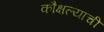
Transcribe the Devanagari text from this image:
कौक्षल्याची